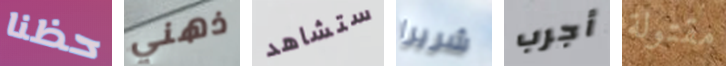
حظنا ذهني ستشاهد شريرا أجرب مقتولة